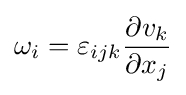
\omega _{i}=\varepsilon _{ijk}{\frac {\partial v_{k}}{\partial x_{j}}}